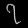
Digit: ၇